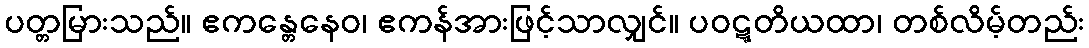
ပတ္တမြားသည်။ ဧကန္တေနေဝ၊ ဧကန်အားဖြင့်သာလျှင်။ ပဝဋ္ဋတိယထာ၊ တစ်လိမ့်တည်း